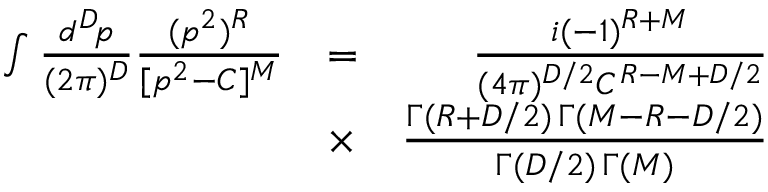
\begin{array} { r l r } { \int { \frac { d ^ { D } \! p } { ( 2 \pi ) ^ { D } } } { \frac { ( p ^ { 2 } ) ^ { R } } { [ p ^ { 2 } - C ] ^ { M } } } } & { = } & { { \frac { i ( - 1 ) ^ { R + M } } { ( 4 \pi ) ^ { D / 2 } C ^ { R - M + D / 2 } } } } \\ & { \times } & { { \frac { \Gamma ( R + D / 2 ) \, \Gamma ( M - R - D / 2 ) } { \Gamma ( D / 2 ) \, \Gamma ( M ) } } } \end{array}